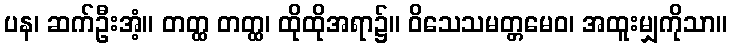
ပန၊ ဆက်ဦးအံ့။ တတ္ထ တတ္ထ၊ ထိုထိုအရာ၌။ ဝိသေသမတ္တမေဝ၊ အထူးမျှကိုသာ။